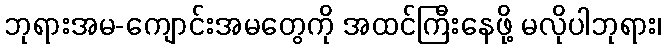
ဘုရားအမ-ကျောင်းအမတွေကို အထင်ကြီးနေဖို့ မလိုပါဘုရား၊